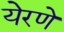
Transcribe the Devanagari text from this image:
येरणे